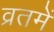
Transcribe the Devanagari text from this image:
व्रतमें